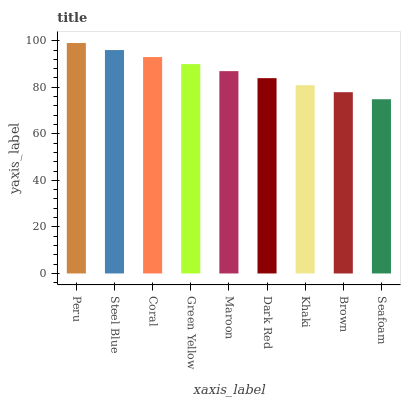
| xaxis_label | bars |
 | --- | --- |
 | Peru | 99 |
 | Steel Blue | 96 |
 | Coral | 93 |
 | Green Yellow | 89.9 |
 | Maroon | 86.9 |
 | Dark Red | 83.9 |
 | Khaki | 80.9 |
 | Brown | 77.9 |
 | Seafoam | 74.9 |